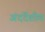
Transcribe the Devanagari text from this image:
अंदर्देशीय